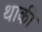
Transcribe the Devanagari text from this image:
थाकी